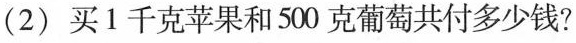
(2)买1千克苹果和500克葡萄共付多少钱?